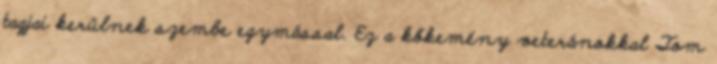
tagjai kerülnek szembe egymással. Ez a kőkemény veteránokkal Tom